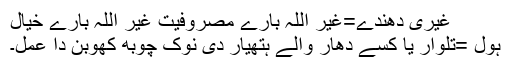
غٰیری دھندے=غیر اللہ بارے مصروفیت غیر اللہ بارے خیال
ہول =تلوار یا کسے دھار والے ہتھیار دی نوک چوبھ کھوبن دا عمل۔